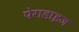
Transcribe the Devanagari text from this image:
पेराडाइज